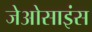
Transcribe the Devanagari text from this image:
जेओसाइंस